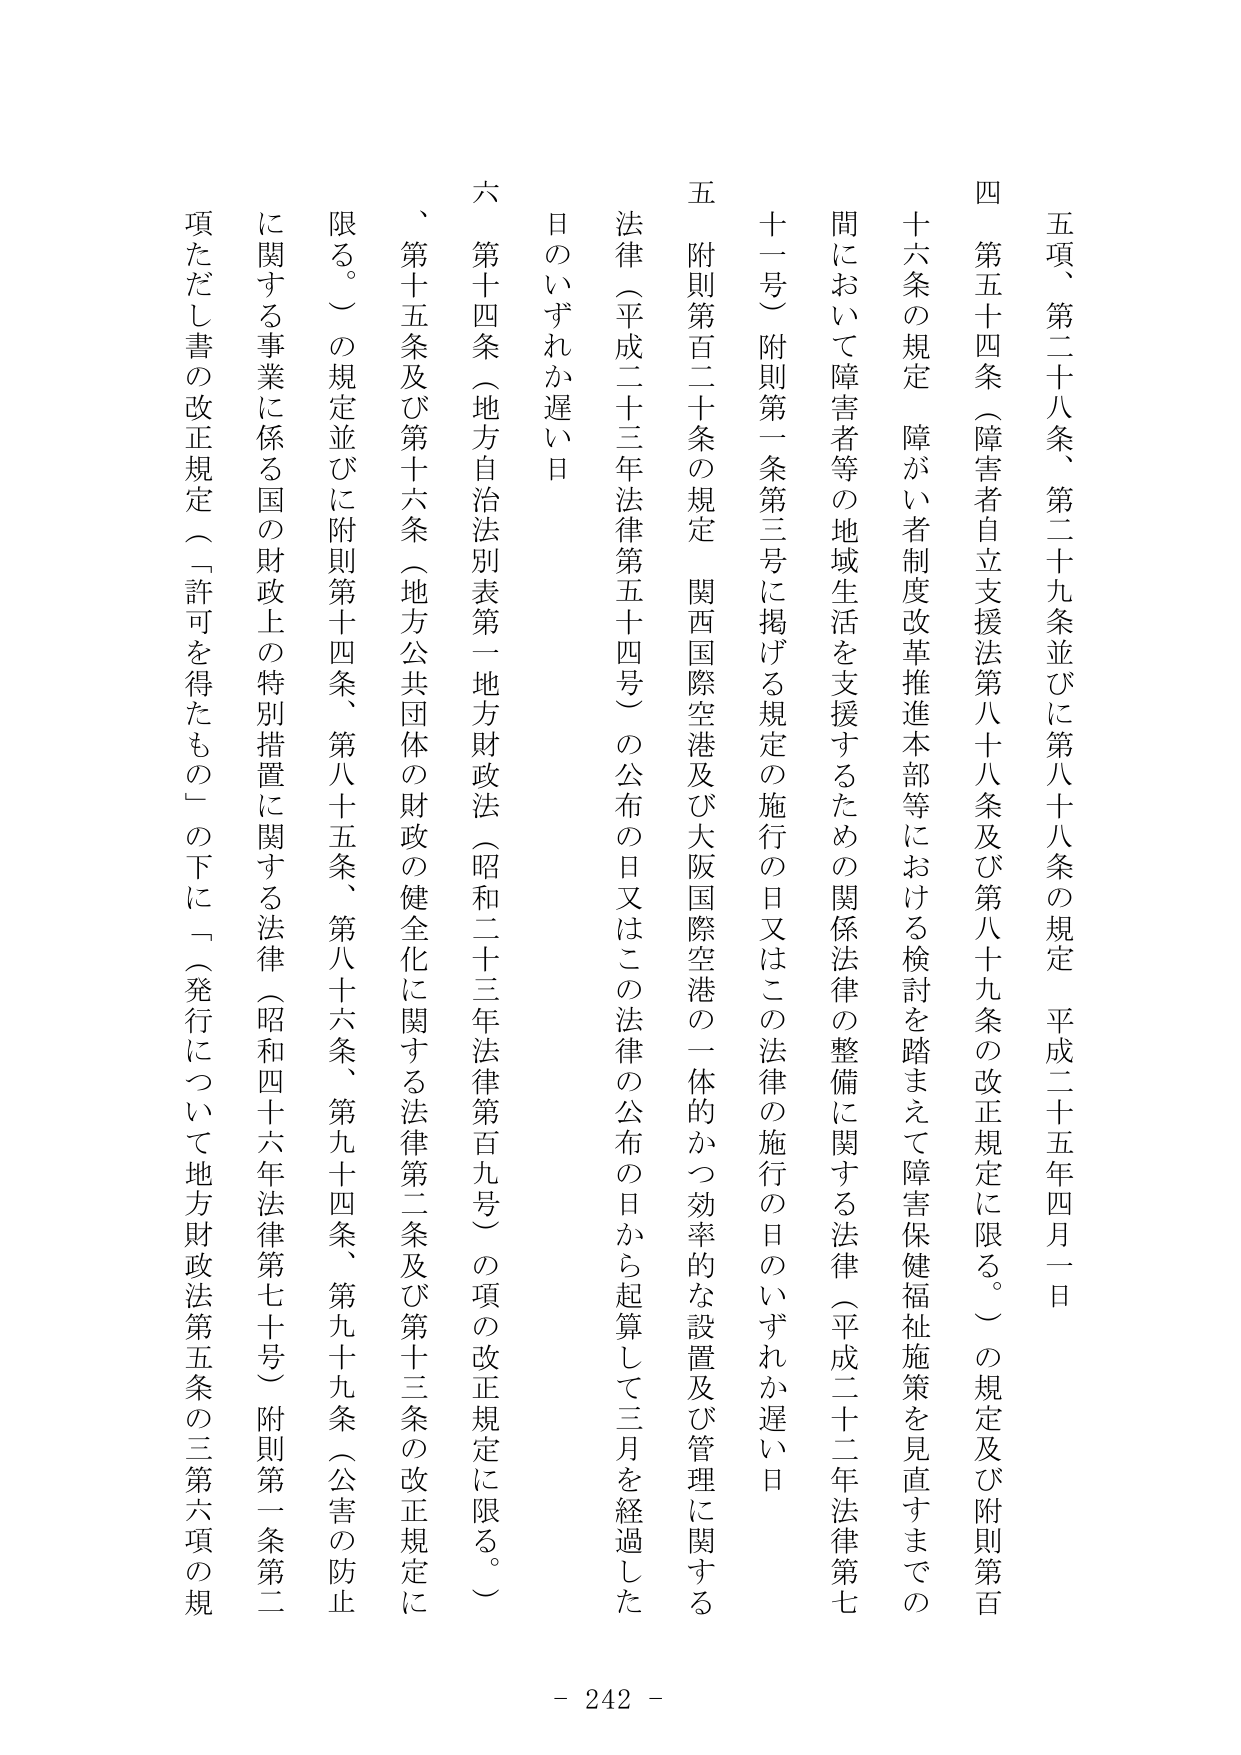
五項、第二十八条、第二十九条並びに第八十八条の規定 平成二十五年四月一日

四 第五十四条（障害者自立支援法第八十八条及び第八十九条の改正規定に限る。）の規定及び附則第百十六条の規定 障がい者制度改革推進本部等における検討を踏まえて障害保健福祉施策を見直すまでの間において障害者等の地域生活を支援するための関係法律の整備に関する法律（平成二十二年法律第七十一号）附則第一条第三号に掲げる規定の施行の日又はこの法律の施行の日のいずれか遅い日

五 附則第百二十条の規定 関西国際空港及び大阪国際空港の一体的かつ効率的な設置及び管理に関する法律（平成二十三年法律第五十四号）の公布の日又はこの法律の公布の日から起算して三月を経過した日のいずれか遅い日

六 第十四条（地方自治法別表第一地方財政法（昭和二十三年法律第百九号）の項の改正規定に限る。）の規定並びに附則第十四条、第八十五条、第八十六条、第九十四条、第九十九条（公害の防止に関する事業に係る国の財政上の特別措置に関する法律（昭和四十六年法律第七十号）附則第一条第二項ただし書の改正規定（「許可を得たもの」の下に「（発行について地方財政法第五条の三第六項の規限る。）」）の規定及び第十六条（地方公共団体の財政の健全化に関する法律第二条及び第十三条の改正規定に

- 242 -